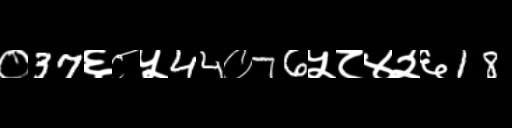
Text: ०37६८५44०76५८४२६18